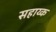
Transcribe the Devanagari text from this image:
सहाय्क